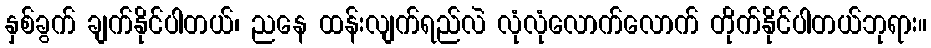
နှစ်ခွက် ချက်နိုင်ပါတယ်၊ ညနေ ထန်းလျက်ရည်လဲ လုံလုံလောက်လောက် တိုက်နိုင်ပါတယ်ဘုရား။